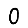
Digit: 0